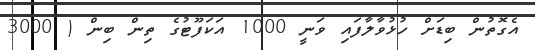
އެގޮތުން ބިޑަށް ހުޅުވާލާފައި ވަނީ 1000 އަކަފޫޓުގެ ތިން ބިން ( 3000